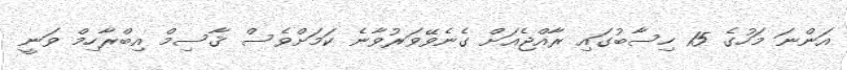
އަންނަ މަހުގެ 15 ހިސާބުގައި ރާއްޖެއަށް ގެނެވޭވަރުވާނެ ކަމަށްވެސް ޤާސިމް އިބްރާހިމް ވަނީ